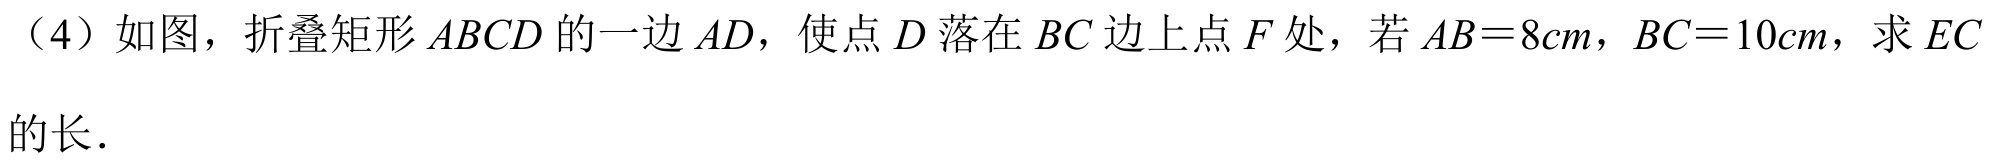
（4）如图，折叠矩形\(ABCD\)的一边\(AD\)，使点\(D\)落在\(BC\)边上点\(F\)处，若\(AB = 8cm\)，\(BC = 10cm\)，求\(EC\)的长．